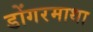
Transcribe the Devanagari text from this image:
डोंगरमाथा